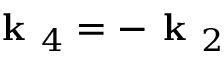
\textbf { k } _ { 4 } = - \textbf { k } _ { 2 }